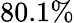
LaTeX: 80.1\%